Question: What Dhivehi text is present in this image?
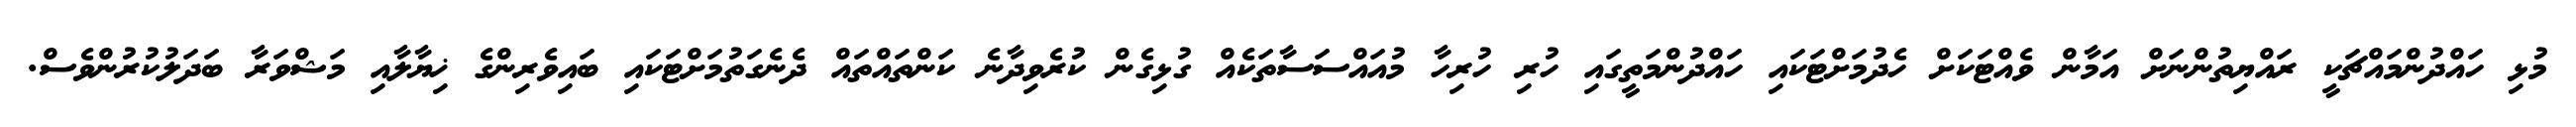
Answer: މުޅި ހައްދުންމައްޗަކީ ރައްޔިތުންނަށް އަމާން ވެއްޓަކަށް ހެދުމަށްޓަކައި ހައްދުންމަތީގައި ހުރި ހުރިހާ މުއައްސަސާތަކެއް ގުޅިގެން ކުރެވިދާނެ ކަންތައްތައް ދެނެގަތުމަށްޓަކައި ބައިވެރިންގެ ޚިޔާލާއި މަޝްވަރާ ބަދަލުކުރުންވެސް.